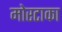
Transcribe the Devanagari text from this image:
मोरटाका